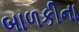
બાળકીના